Report on the bubonic plague in Bombay, 1896-1897
Year: 1896
Disease focus: Plague
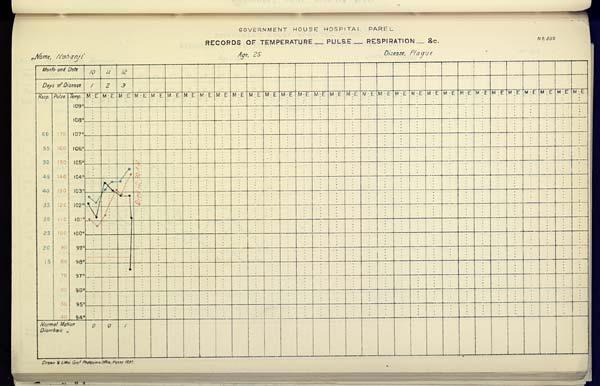
GOVERNMENT HOUSE HOSPITAL PAREL
RECORDS OF TEMPERATURE __ PULSE __ RESPIRATION __ &c. No. 350
Name,
Nahanji
Age,
25
Disease,
Plague
Drawn & Litho Govt. Photozinco, Office, Poona 1897.